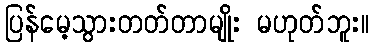
ပြန်မေ့သွားတတ်တာမျိုး မဟုတ်ဘူး။